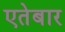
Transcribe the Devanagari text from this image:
एतेबार